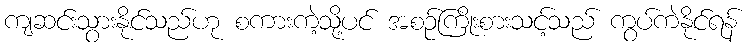
ကျဆင်းသွားနိုင်သည်ဟု စကားကဲ့သို့ပင် အစဉ်ကြိုးစားသင့်သည် ကွပ်ကဲနိုင်ရန်